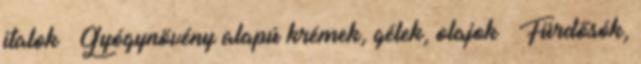
italok › Gyógynövény alapú krémek, gélek, olajok › Fürdősók,